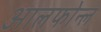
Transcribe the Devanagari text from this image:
आलफोन्ल